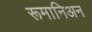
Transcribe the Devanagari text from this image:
रूमानिअन